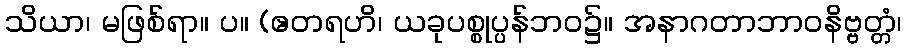
သိယာ၊ မဖြစ်ရာ။ ပ။ (ဧတရဟိ၊ ယခုပစ္စုပ္ပန်ဘဝ၌။ အနာဂတာဘာဝနိဗ္ဗတ္တံ၊